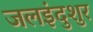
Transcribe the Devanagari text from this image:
जलइंदुशुर